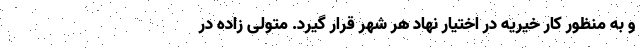
و به منظور کار خیریه در اختیار نهاد هر شهر قرار گیرد. متولی زاده در